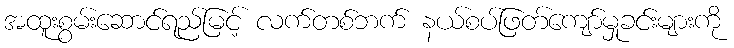
အထူးစွမ်းဆောင်ရည်မြင့် လက်တစ်ဘက် နယ်စပ်ဖြတ်ကျော်မှုခင်းများကို